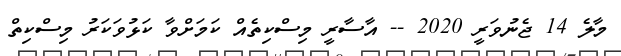
މާލެ 14 ޖެނުވަރީ 2020 -- އާސާރީ މިސްކިތެއް ކަމަށްވާ ކަޅުވަކަރު މިސްކިތް